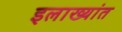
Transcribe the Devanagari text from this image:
इलाख्यांत